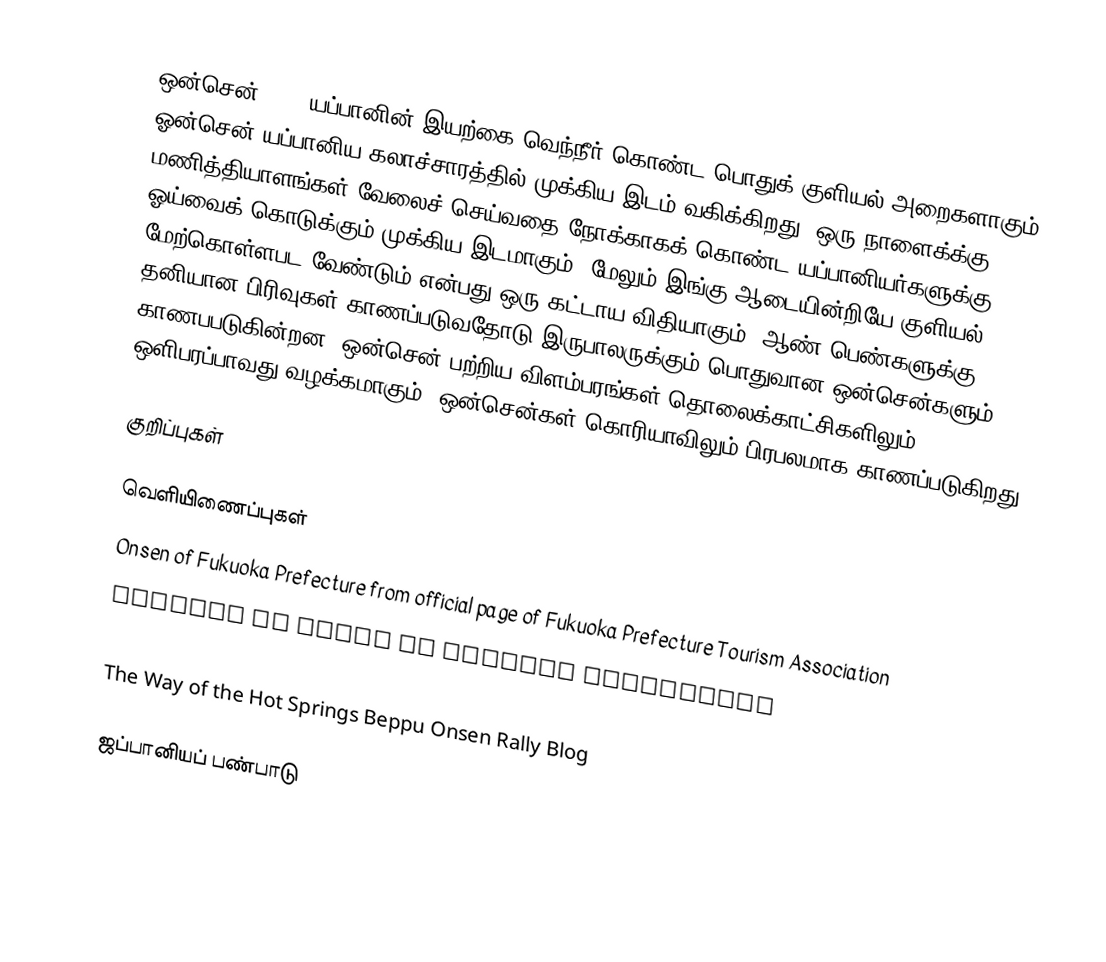
ஒன்சென் (温泉) யப்பானின் இயற்கை வெந்நீர் கொண்ட பொதுக் குளியல் அறைகளாகும். ஓன்சென் யப்பானிய கலாச்சாரத்தில் முக்கிய இடம் வகிக்கிறது. ஒரு நாளைக்க்கு 12 மணித்தியாளங்கள் வேலைச் செய்வதை நோக்காகக் கொண்ட யப்பானியர்களுக்கு ஓய்வைக் கொடுக்கும் முக்கிய இடமாகும். மேலும் இங்கு ஆடையின்றியே குளியல் மேற்கொள்ளபட வேண்டும் என்பது ஒரு கட்டாய விதியாகும். ஆண் பெண்களுக்கு தனியான பிரிவுகள் காணப்படுவதோடு இருபாலருக்கும் பொதுவான ஒன்சென்களும் காணபபடுகின்றன. ஒன்சென் பற்றிய விளம்பரங்கள் தொலைக்காட்சிகளிலும் ஒளிபரப்பாவது வழக்கமாகும். ஒன்சென்கள் கொரியாவிலும் பிரபலமாக காணப்படுகிறது.

குறிப்புகள்

வெளியிணைப்புகள்
Onsen of Fukuoka Prefecture  from official page of Fukuoka Prefecture Tourism Association
Reviews of onsen in Fukuoka prefecture
Secret Onsen a database of onsen all around Japan
The Way of the Hot Springs Beppu Onsen Rally Blog

ஜப்பானியப் பண்பாடு